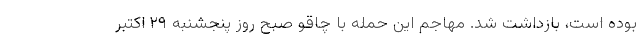
بوده است، بازداشت شد. مهاجم این حمله با چاقو صبح روز پنجشنبه ۲۹ اکتبر